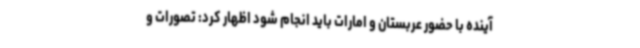
آینده با حضور عربستان و امارات باید انجام شود اظهار کرد: تصورات و